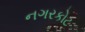
નગરકોટ